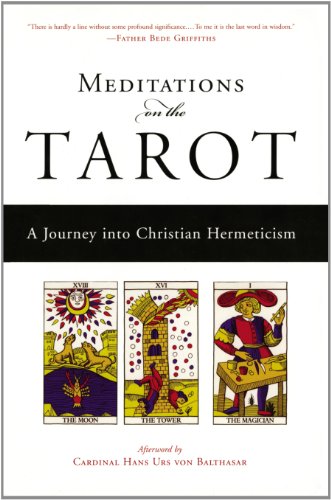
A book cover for Meditations on the Tarot: A Journey into Christian Hermeticism; Anonymous; Religion & Spirituality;